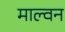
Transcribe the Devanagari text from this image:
माल्वन